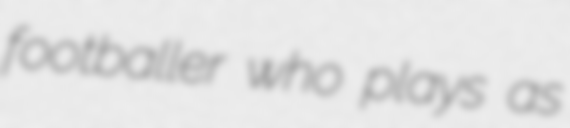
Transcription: footballer who plays as